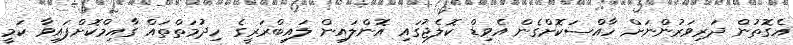
އެގޮތުން ދަރިވަރުންނަށް ހާއްސަކޮށްގެން އެވިޑް ކޮލެޖުގައި އޮންލައިން ލައިބްރަރީގެ ހިދުމަތްތައް ގާއިމްކޮށްފައިވާ ކަމީ